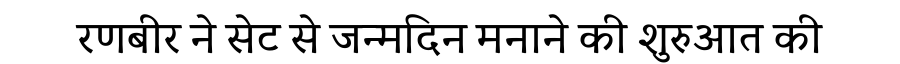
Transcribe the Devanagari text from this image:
रणबीर ने सेट से जन्मदिन मनाने की शुरुआत की